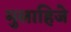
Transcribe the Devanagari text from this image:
मुलाहिजे